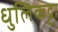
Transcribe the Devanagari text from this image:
धुलिकट्टा